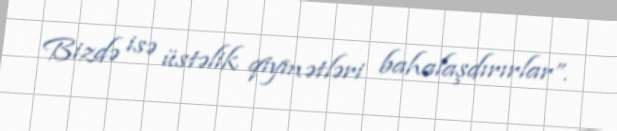
Bizdə isə üstəlik qiymətləri bahalaşdırırlar”.